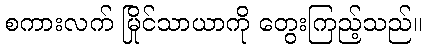
စကားလက် မြိုင်သာယာကို တွေးကြည့်သည်။